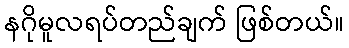
နဂိုမူလရပ်တည်ချက် ဖြစ်တယ်။